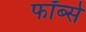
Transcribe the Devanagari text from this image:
फॉर्ब्स